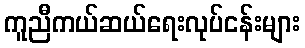
ကူညီကယ်ဆယ်ရေးလုပ်ငန်းများ